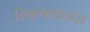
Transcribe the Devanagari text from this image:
शिक्षणशास्त्रज्ञ